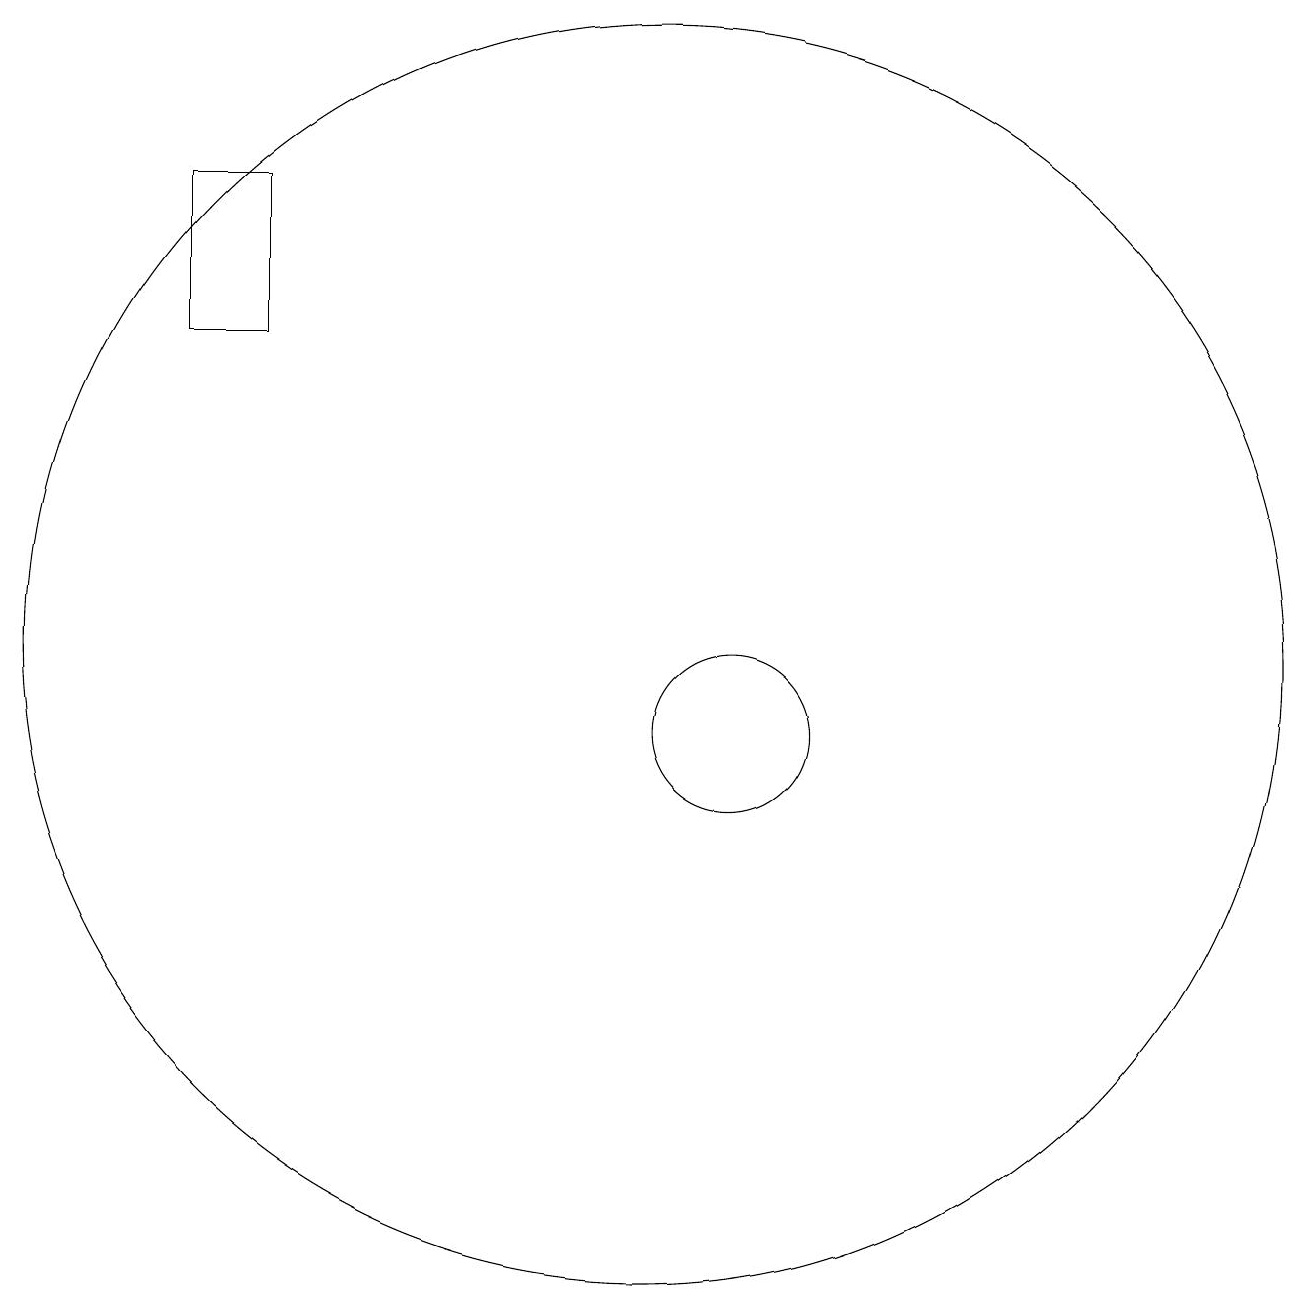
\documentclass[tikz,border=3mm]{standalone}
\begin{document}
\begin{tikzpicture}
\draw (11,10) circle (1);
\draw (10,11) circle (8);
\draw (5,17) rectangle (4,15);
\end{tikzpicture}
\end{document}